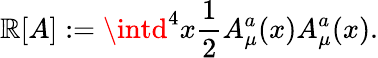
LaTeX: \mathbb{R}[A]:=\intd^{4}x{\frac{{1}}{{2}}}A_{\mu}^{a}(x)A_{\mu}^{a}(x).